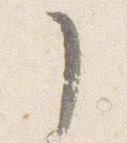
了